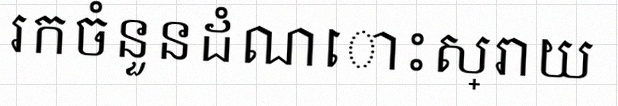
រកចំនួនដំណោះស្រាយ